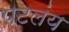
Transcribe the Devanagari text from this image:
पटलंय